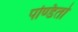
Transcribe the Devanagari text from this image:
पण्डितो